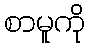
စာမူကို